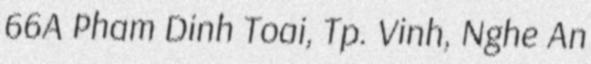
66A Pham Dinh Toai, Tp. Vinh, Nghe An